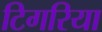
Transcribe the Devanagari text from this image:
टिगरिया